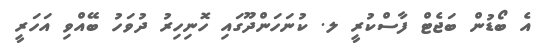
އެ ބޯޑުން ބަޖެޓް ފާސްކުރީ ލ. ކުނަހަންދޫގައި ހޮނިހިރު ދުވަހު ބޭއްވި އަހަރީ